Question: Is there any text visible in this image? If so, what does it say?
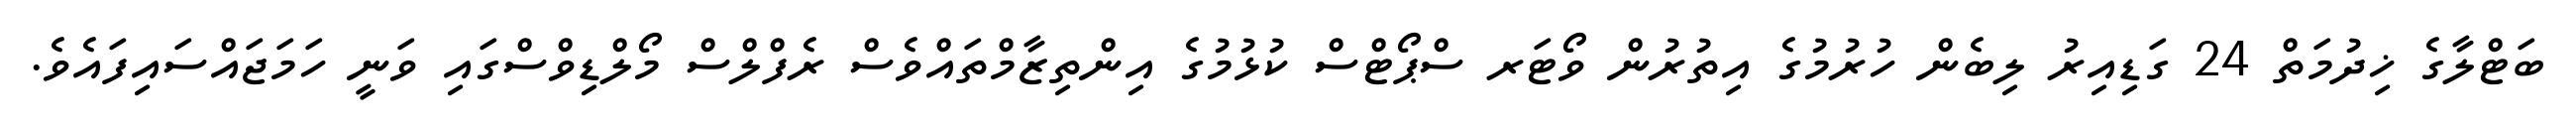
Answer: ބަޓްލާގެ ޚިދުމަތް 24 ގަޑިއިރު ލިބެން ހުރުމުގެ އިތުރުން ވޯޓަރ ސްޕޯޓްސް ކުޅުމުގެ އިންތިޒާމްތައްވެސް ރެފްލްސް މޯލްޑިވްސްގައި ވަނީ ހަމަޖައްސައިފައެވެ.